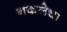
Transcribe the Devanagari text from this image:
नकलेचा